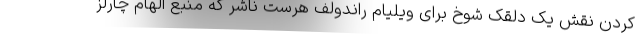
کردن نقش یک دلقک شوخ برای ویلیام راندولف هرست ناشر که منبع الهام چارلز